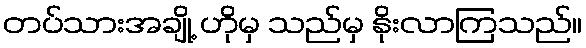
တပ်သားအချို့ ဟိုမှ သည်မှ နိုးလာကြသည်။